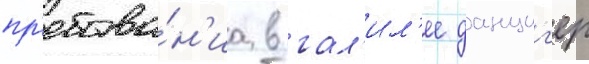
пр'ебыва́н'иа в гал'ил'ее данциг'ер